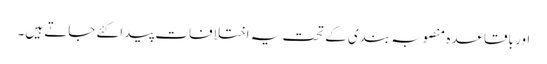
اور باقاعدہ منصوبہ بندی کے تحت یہ اختلافات پیدا کئے جاتے ہیں۔